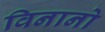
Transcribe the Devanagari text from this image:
विनानो